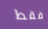
فقط